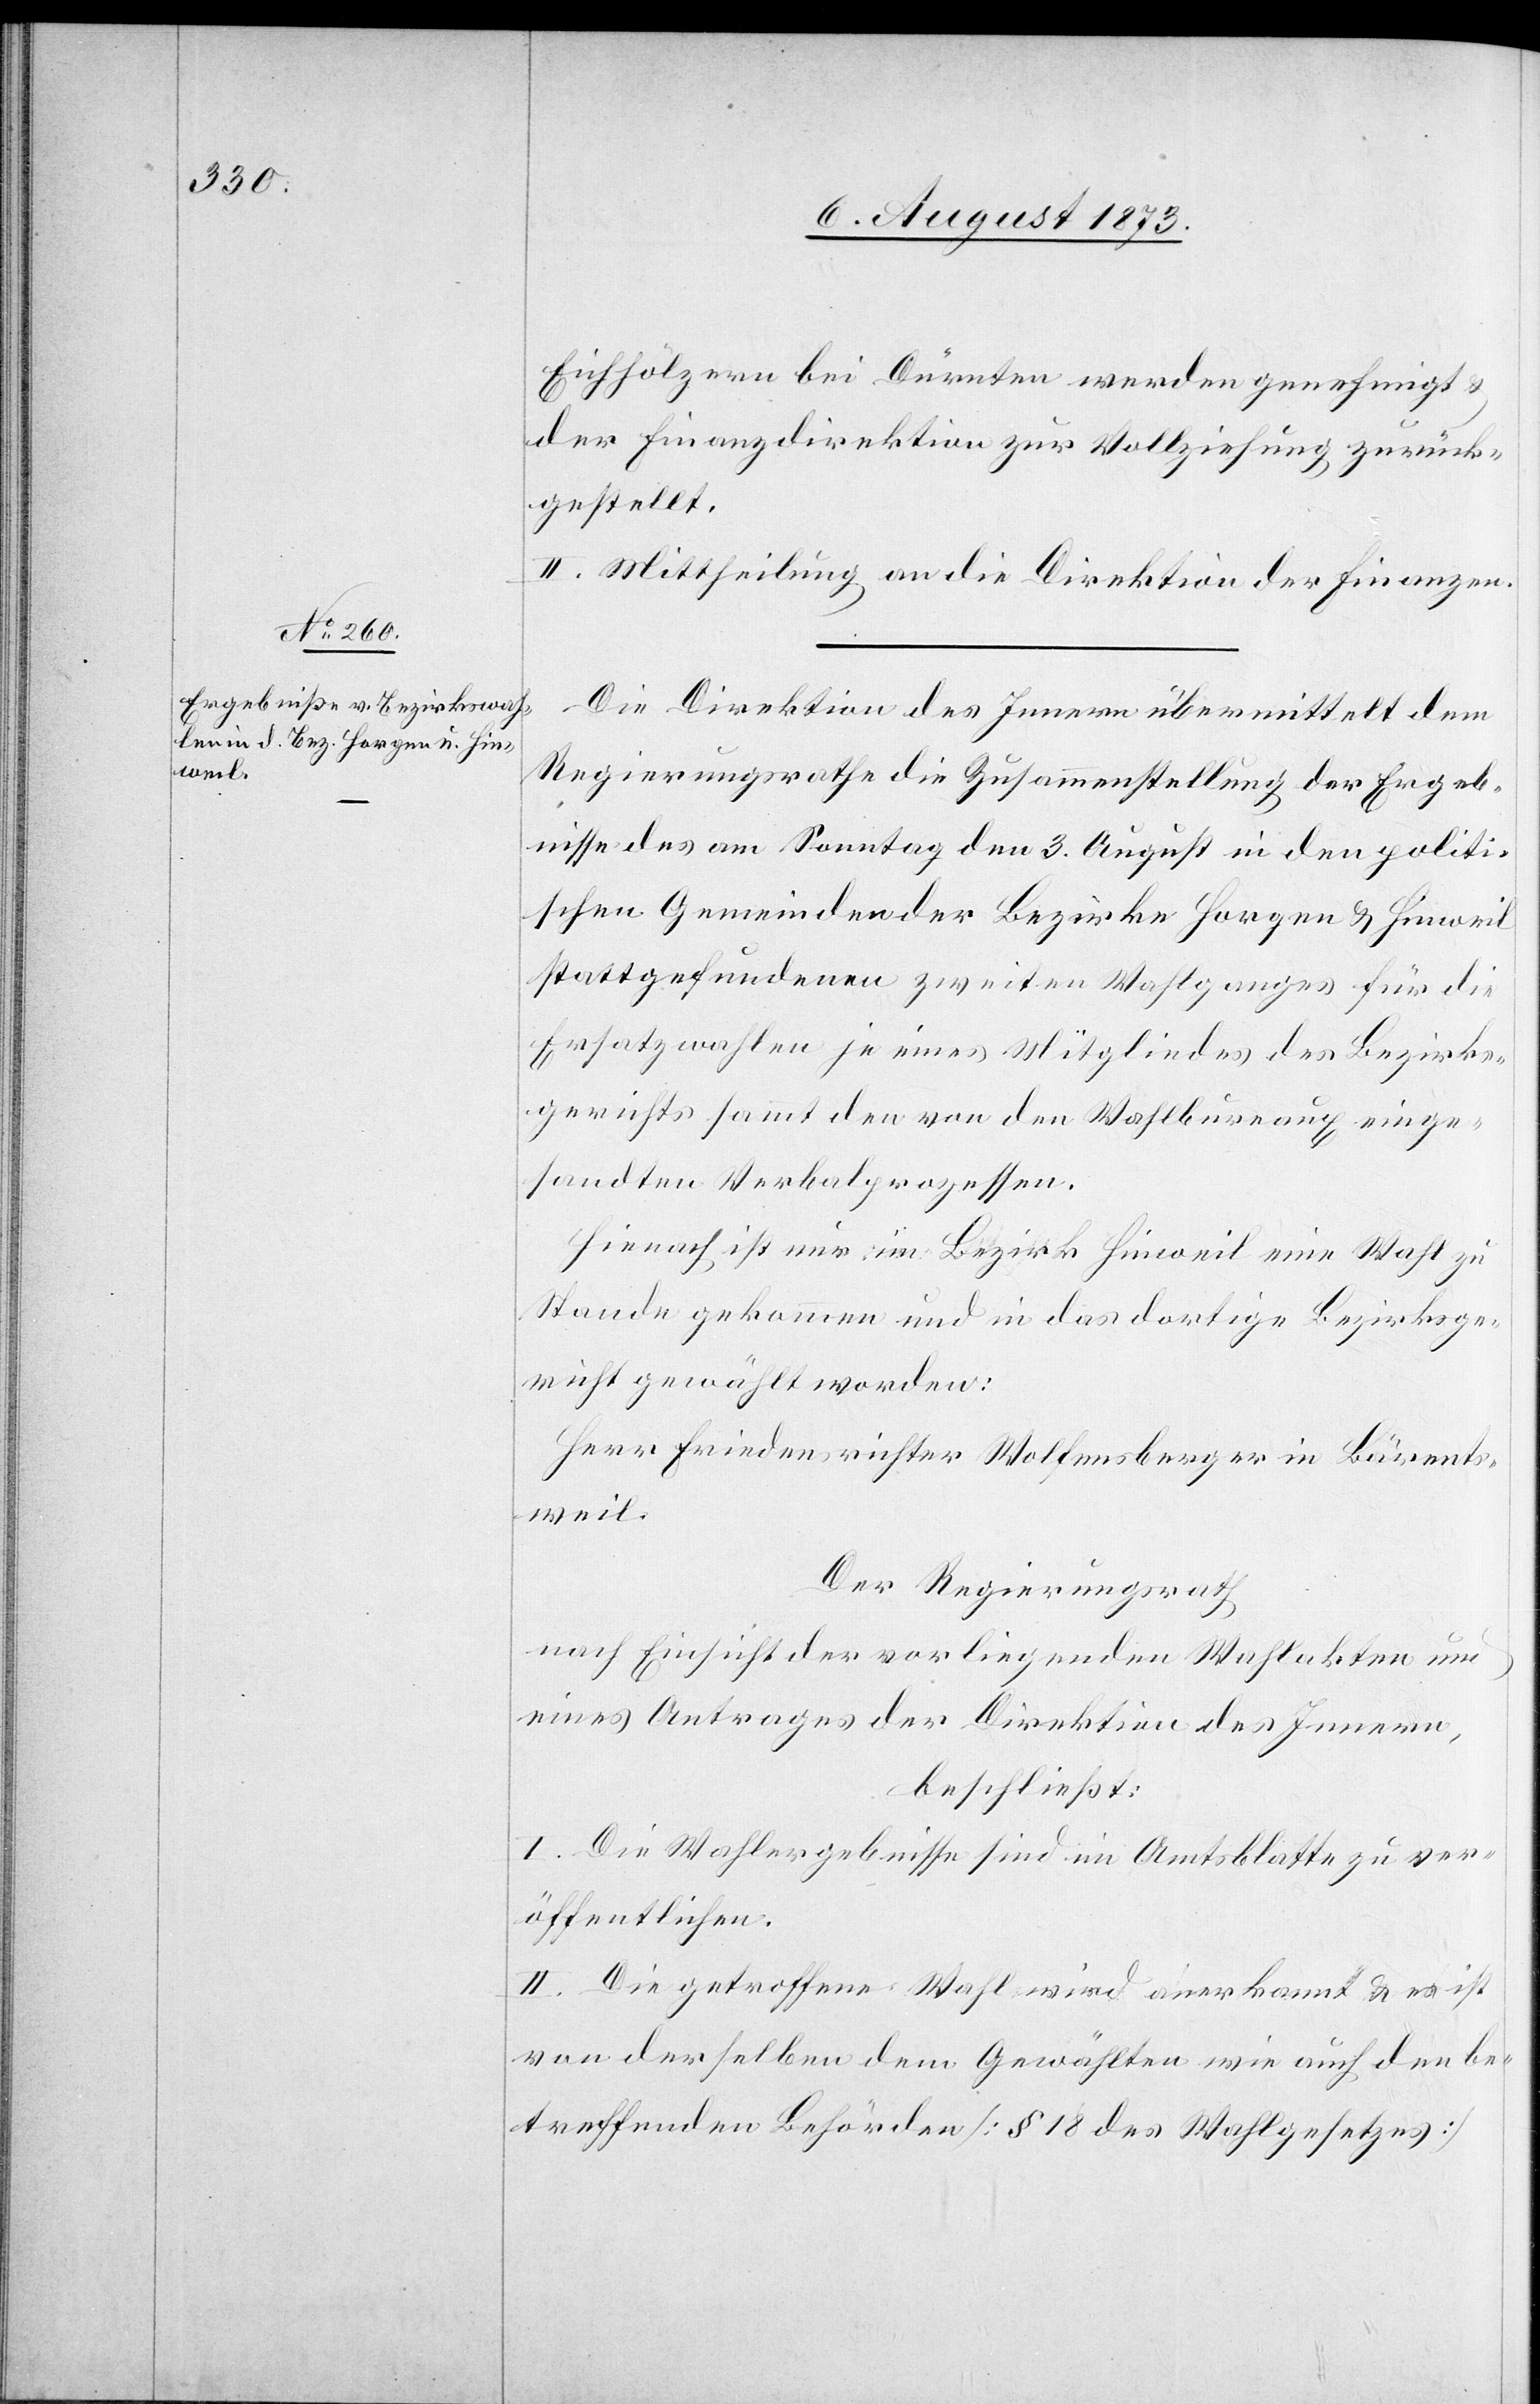
Eichhölzern bei Dürnten werden genehmigt
der Finanzdirektion zur Vollziehung zurück¬
gestellt.
II. Mittheilung an die Direktion der Finanzen
Die Direktion des Innern übermittelt dem
Regierungsrathe die Zusammenstellung der Ergeb¬
nisse des am Sonntag den 3. August in den politi¬
schen Gemeinden der Bezirke Horgen & Hinweil
stattgefundenen zweiten Wahlganges für die
Ersatzwahlen je eines Mitgliedes des Bezirks¬
gerichts sammt den von den Wahlbureaux einge¬
sandten Verbalprozessen.
Hienach ist nur im Bezirk Hinweil eine Wahl zu
Stande gekommen und in das dortige Bezirksge¬
richt gewählt worden:
Herr Friedensrichter Wolfensberger in Bärents¬
weil.
Der Regierungsrath
nach Einsicht der vorliegenden Wahlakten und
eines Antrages der Direktion des Innern,
beschließt:
I. Die Wahlergebnisse sind im Amtsblatte zu ver¬
öffentlichen.
II. Die getroffene Wahl wird anerkannt & es ist
von derselben dem Gewählten wie auch den be¬
treffenden Behörden [§ 18 des Wahlgesetzes]